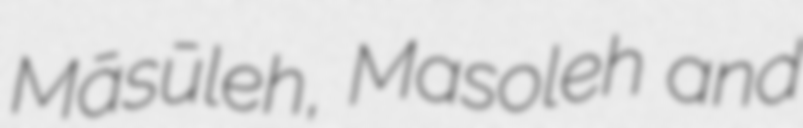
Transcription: Māsūleh, Masoleh and